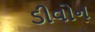
ડીવોન